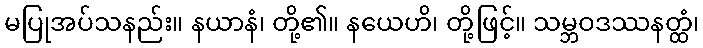
မပြုအပ်သနည်း။ နယာနံ၊ တို့၏။ နယေဟိ၊ တို့ဖြင့်။ သမ္ဘဝဒဿနတ္ထံ၊